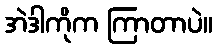
အဲဒါကိုက ကြာတာပဲ။